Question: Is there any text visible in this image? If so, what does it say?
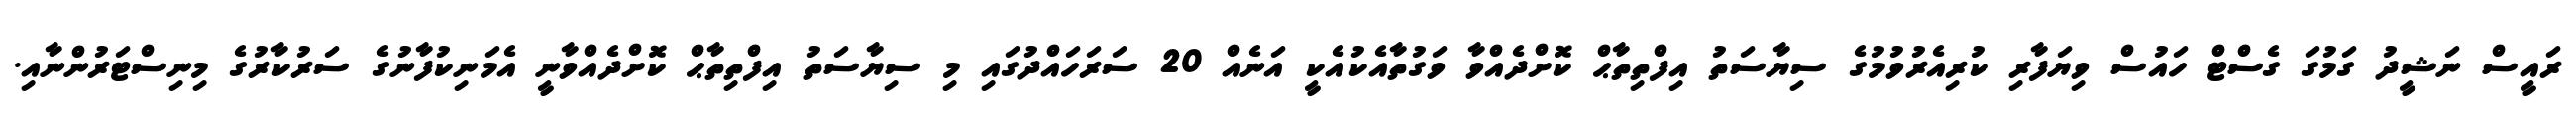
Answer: ރައީސް ނަޝީދު ގަމުގަ ގެސްޓް ހައުސް ވިޔަފާރި ކުރިއެރުވުމުގެ ސިޔާސަތު އިފްތިތާޙް ކޮށްދެއްވާ ވަގުތާއެކުއެކީ އަނެއް 20 ސަރަހައްދުގައި މި ސިޔާސަތު އިފްތިތާޙް ކޮށްދެއްވާނީ އެމަނިކުފާނުގެ ސަރުކާރުގެ މިނިސްޓަރުންނާއި.